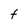
Character: e